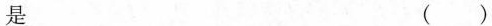
是 ()